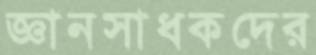
জ্ঞানসাধকদের